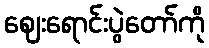
ဈေးရောင်းပွဲတော်ကို